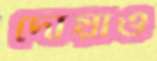
দোয়াও